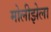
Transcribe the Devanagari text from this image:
मोलीझेला